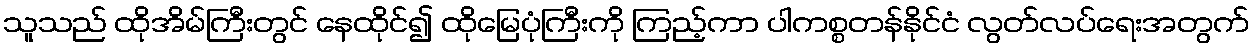
သူသည် ထိုအိမ်ကြီးတွင် နေထိုင်၍ ထိုမြေပုံကြီးကို ကြည့်ကာ ပါကစ္စတန်နိုင်ငံ လွတ်လပ်ရေးအတွက်